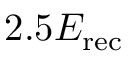
2 . 5 E _ { \mathrm { r e c } }